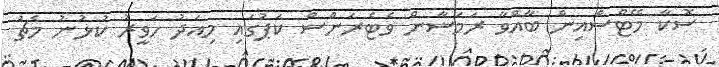
ސޮކާ މޭޓްސްއިން ބާއްވާ ރަމަޟާން ވެޓެރަންސް ކަޕުގައި މިއަދު ހަވީރު ކުޅުނު މެޗު